Leaving Certificate Examination, 1916
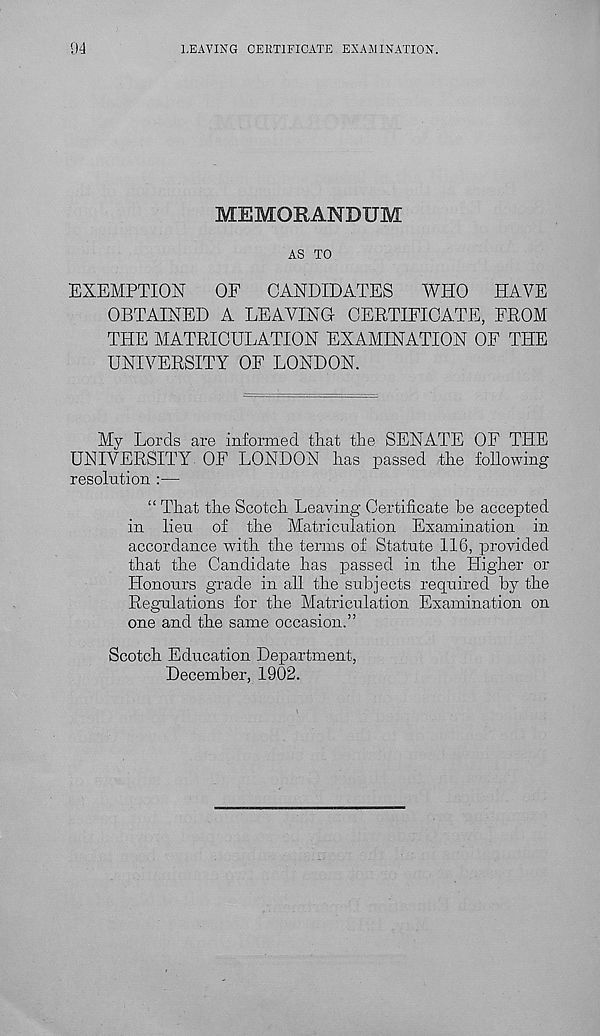
94
LEAVING CERTIFICATE EXAMINATION.
MEMORANDUM
AS TO
EXEMPTION
OF
CANDIDATES
WHO
HAVE
OBTAINED A LEAVING- CERTIFICATE, FROM
THE MATRICULATION EXAMINATION OF THE
UNIVERSITY OF LONDON.
My Lords are informed that the SENATE OF THE
UNIVERSITY. OF LONDON has passed the following
resolution :—
“ That the Scotch Leaving Certificate be accepted
in lieu of the Matriculation Examination in
accordance with the terms of Statute 116, provided
that the Candidate has passed in the Higher or
Honours grade in all the subjects required by the
Regulations for the Matriculation Examination on
one and the same occasion.”
Scotch Education Department,
December, 1902.